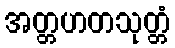
အတ္တဟတသုတ္တံ